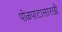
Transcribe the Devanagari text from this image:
पोळपाटासारखी